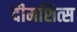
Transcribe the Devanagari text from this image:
दीमशित्स